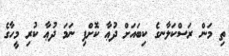
ތި މަން ރަސްކަލާނގެ ކިބައަށް ދުޢާ ކޮށްފި ނަމަ ދުޢާ ކުރި މީހާގެ